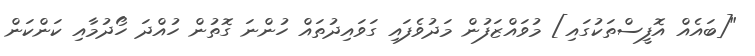
"[ބައެއް އޮފީސްތަކުގައި] މުވައްޒަފުން މަދުވެފައި ގަވައިދުތައް ހުންނަ ގޮތުން ހުއްދަ ހޯދުމާއި ކަންކަން